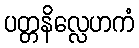
ပတ္တနိလ္လေဟကံ